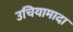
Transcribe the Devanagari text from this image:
उचियामादा